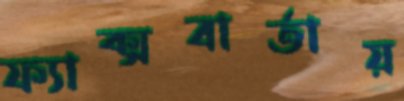
ফ্যাক্সবার্তায়